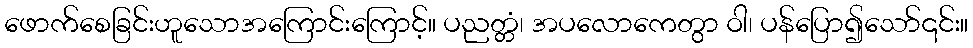
ဖောက်စေခြင်းဟူသောအကြောင်းကြောင့်။ ပညတ္တံ၊ အပလောကေတွာ ဝါ၊ ပန်ပြော၍သော်၎င်း။